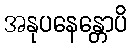
အနုပနေန္တောပိ